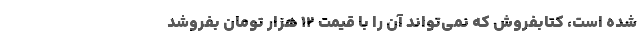
شده است، کتابفروش که نمی‌تواند آن را با قیمت ۱۲ هزار تومان بفروشد